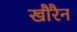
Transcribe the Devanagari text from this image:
खौरैन